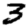
Digit: 3